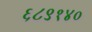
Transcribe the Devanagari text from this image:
६८९१४०